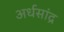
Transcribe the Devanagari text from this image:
अर्धसांद्र